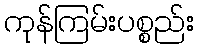
ကုန်ကြမ်းပစ္စည်း